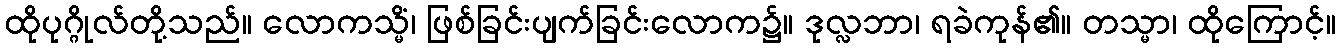
ထိုပုဂ္ဂိုလ်တို့သည်။ လောကသ္မိံ၊ ဖြစ်ခြင်းပျက်ခြင်းလောက၌။ ဒုလ္လဘာ၊ ရခဲကုန်၏။ တသ္မာ၊ ထိုကြောင့်။